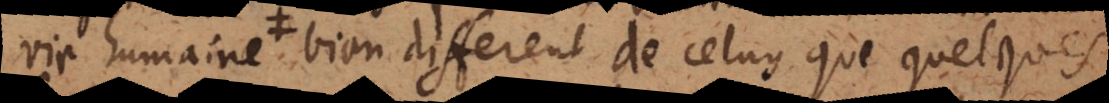
vie humaine bien different de celuy que quelques